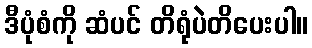
ဒီပုံစံကို ဆံပင် တိရုံပဲတိပေးပါ။